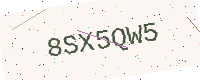
Text: 8SX5QW5